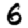
Digit: 6